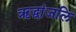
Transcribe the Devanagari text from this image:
ऋद्धांजलि